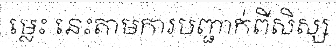
ម្លេះ នេះតាមការបញ្ជាក់ពីសិស្ស